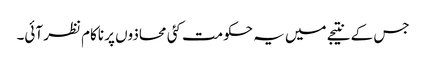
جس کے نتیجے میں یہ حکومت کئی محاذوں پر ناکام نظر آئی۔